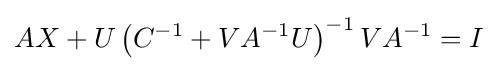
AX+U\left(C^{-1}+VA^{-1}U\right)^{-1}VA^{-1}=I